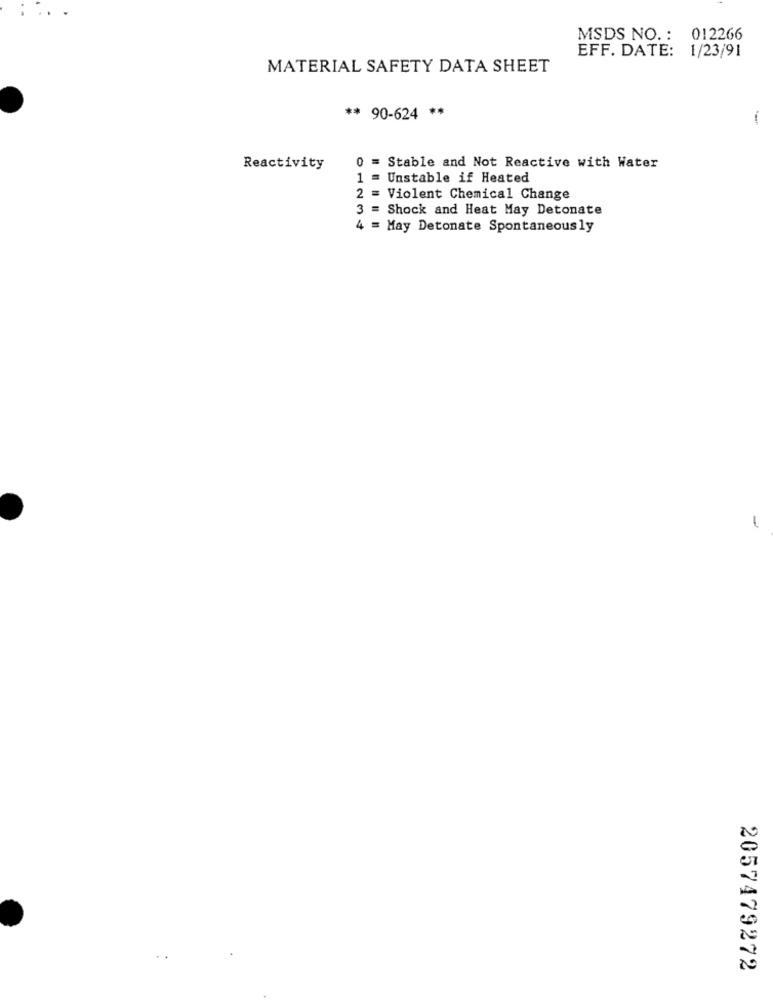
MSDS NO .: 012266
EFF. DATE: 1/23/91
MATERIAL SAFETY DATA SHEET
** 90-624 **
1
Reactivity
0 = Stable and Not Reactive with Water
1 = Unstable if Heated
2 = Violent Chemical Change
3 = Shock and Heat May Detonate
4 = May Detonate Spontaneously
-
2057479272